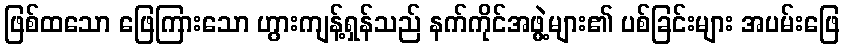
ဖြစ်ထသော ဖြေကြားသော ဟွားကျန့်ရှန်သည် နက်ကိုင်အဖွဲ့များ၏ ပစ်ခြင်းများ အပမ်းဖြေ